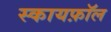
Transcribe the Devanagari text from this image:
स्कायफ़ॉल